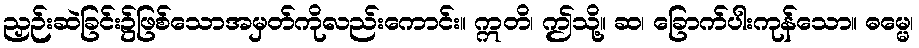
ညှဉ်းဆဲခြင်း၌ဖြစ်သောအမှတ်ကိုလည်းကောင်း။ ဣတိ၊ ဤသို့။ ဆ၊ ခြောက်ပါးကုန်သော။ ဓမ္မေ၊